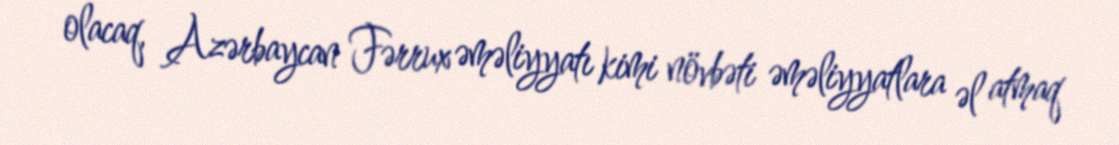
olacaq, Azərbaycan Fərrux əməliyyatı kimi növbəti əməliyyatlara əl atmaq